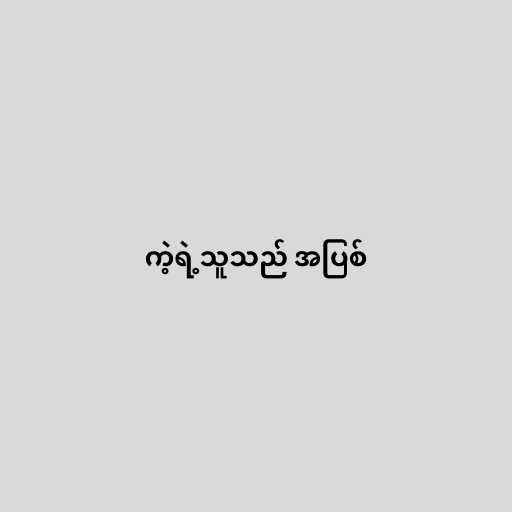
ကဲ့ရဲ့သူသည် အပြစ်